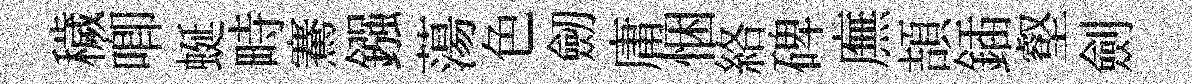
穢唧蜒畤騫鏹蕩色劒庸悃絡碑廡頡鍤壑劍